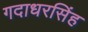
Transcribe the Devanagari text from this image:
गदाधरसिंह